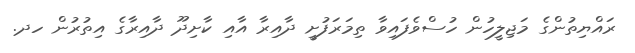
ރައްޔިތުންގެ މަޖިލީހުން ހުސްވެފައިވާ ތިމަރަފުށީ ދާއިރާ އާއި ކާށިދޫ ދާއިރާގެ އިތުރުން ހދ.